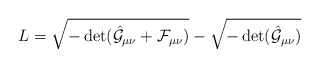
\begin{align*}L=\sqrt {-\det(\hat {\cal G}_{\mu\nu}+{\cal F}_{\mu\nu})}-\sqrt{-\det(\hat {\cal G}_{\mu\nu})}\end{align*}